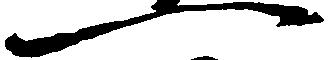
一